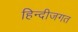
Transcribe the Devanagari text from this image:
हिन्दीजगत